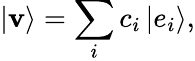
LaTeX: |\mathbf{v}\rangle=\sum_{i}c_{i}\left|e_{i}\right\rangle,